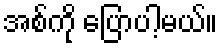
အစ်ကို ပြောပါ့မယ်။